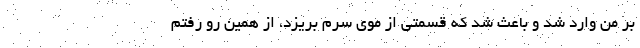
بر من وارد شد و باعث شد كه قسمتي از موي سرم بريزد، از همين رو رفتم